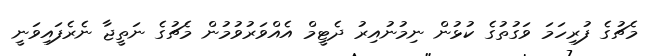
މެޗުގެ ފުރިހަމަ ވަގުތުގެ ކުޅުން ނިމުނުއިރު ދެޓީމް އެއްވަރުވުމުން މެޗުގެ ނަތީޖާ ނެރެފައިވަނީ